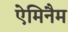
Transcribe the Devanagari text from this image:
ऐमिनैम